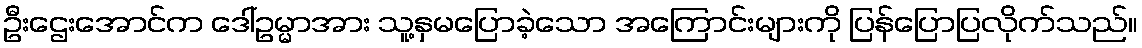
ဦးဌေးအောင်က ဒေါ်ဥမ္မာအား သူ့နှမပြောခဲ့သော အကြောင်းများကို ပြန်ပြောပြလိုက်သည်။